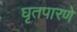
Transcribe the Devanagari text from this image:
घृतपारणे